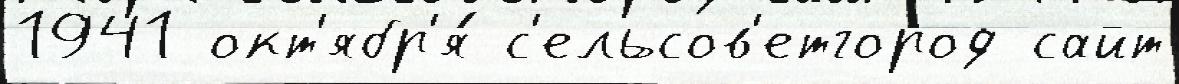
1941 окт'ябр'я́ с'ельсов'етгород сайт